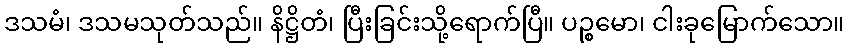
ဒသမံ၊ ဒသမသုတ်သည်။ နိဋ္ဌိတံ၊ ပြီးခြင်းသို့ရောက်ပြီ။ ပဉ္စမော၊ ငါးခုမြောက်သော။